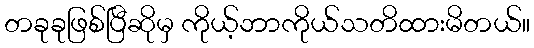
တခုခုဖြစ်ပြီဆိုမှ ကိုယ့်ဘာကိုယ်သတိထားမိတယ်။